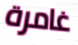
غامرة